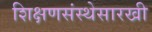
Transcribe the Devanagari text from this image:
शिक्षणसंस्थेसारखी